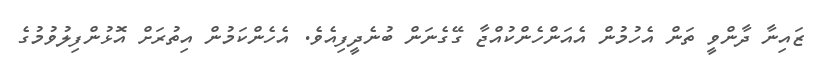
ޒައިނާ ދާންވީ ތަން އެހުމުން އެއަންހެންކުއްޖާ ގޭގެނަން ބުނެދީފިއެވެ. އެހެންކަމުން އިތުރަށް އޮޅުންފިލުވުމުގެ